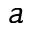
a